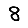
Digit: 8